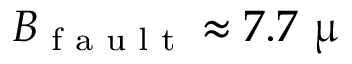
B _ { \textrm { f a u l t } } \approx 7 . 7 ~ \upmu